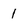
Character: 1